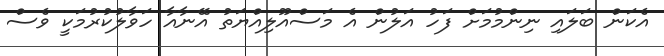
އެކަން ބަލައި ނިންމުމަށް ފަހު އަލުން އެ މަސްއޫލިއްޔަތު އޭނާއާ ހަވާލުކުރުމަކީ ވެސް